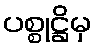
ပစ္စုဋ္ဌိမှ